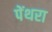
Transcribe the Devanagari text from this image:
पेंथरा